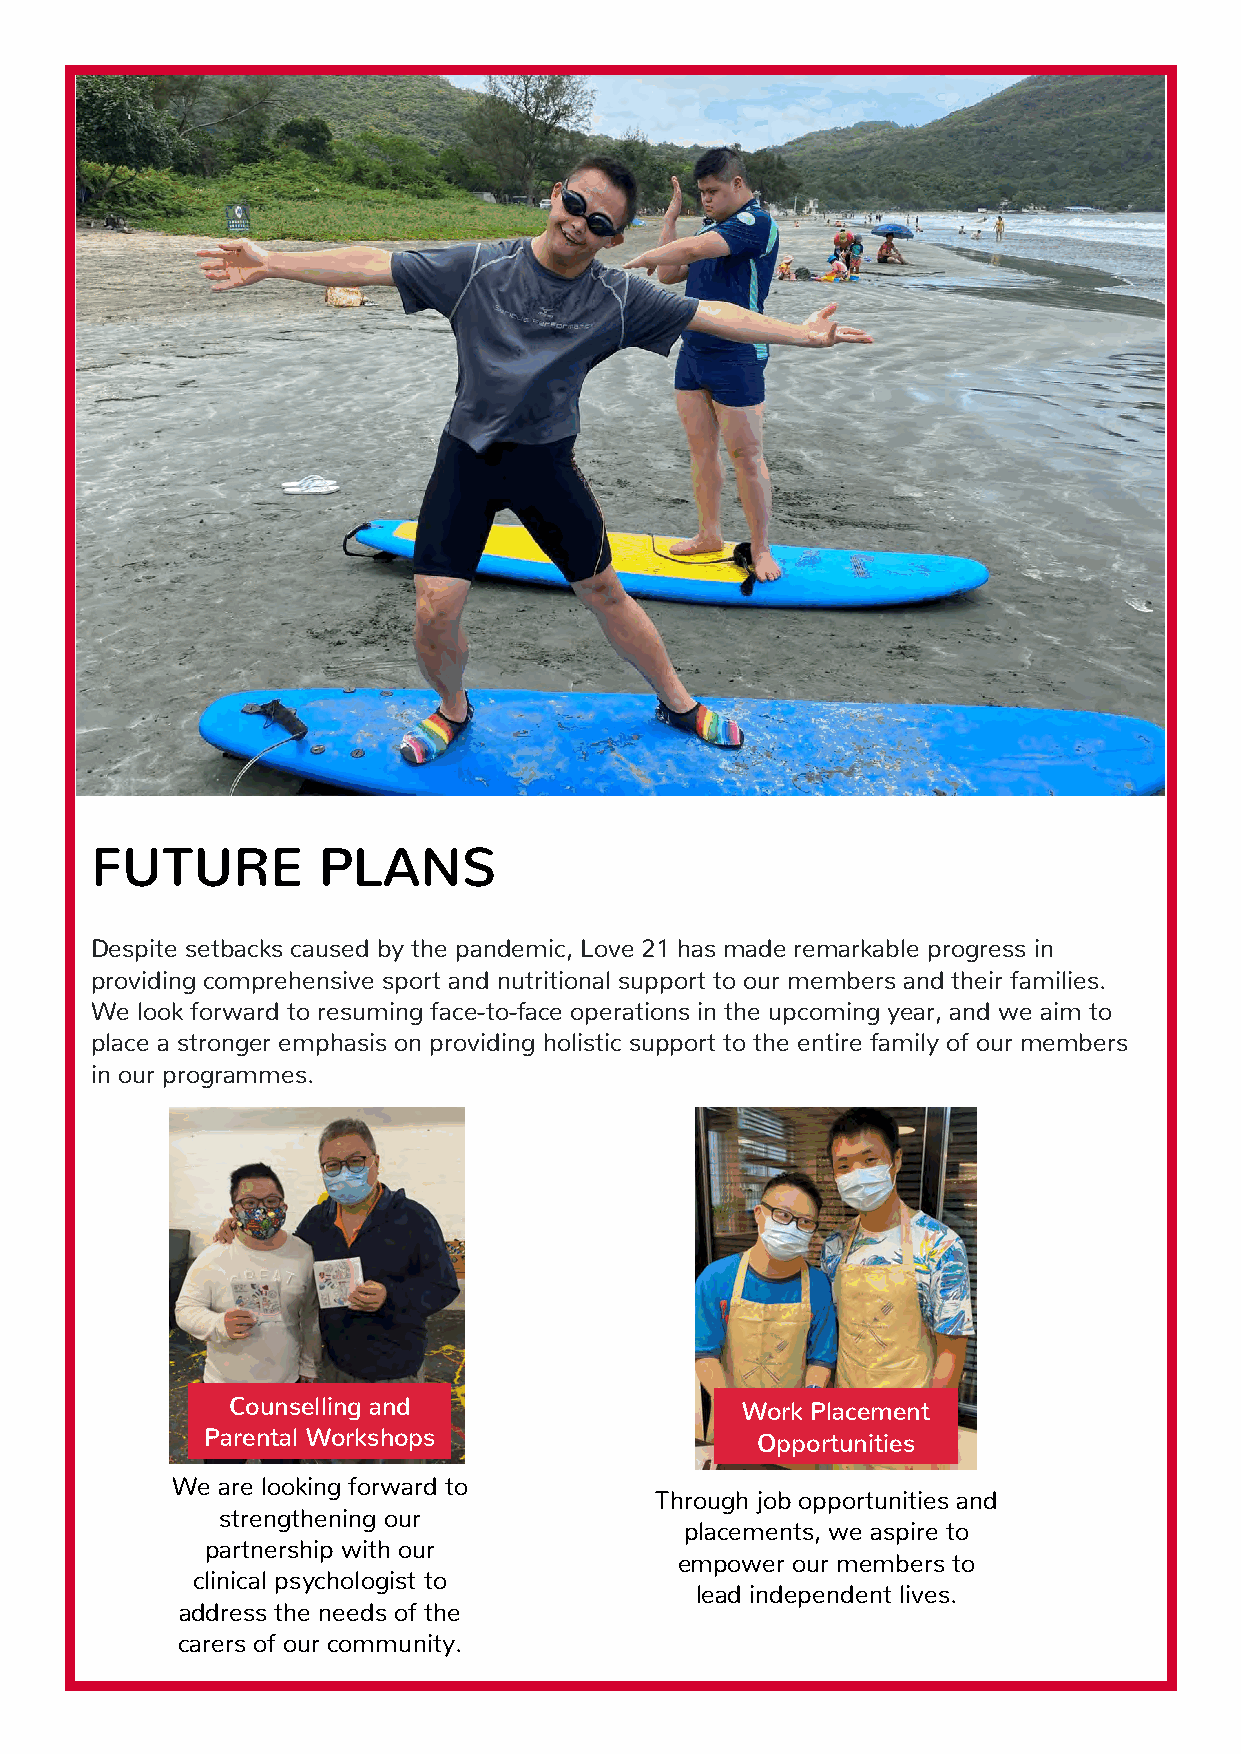
FUTURE         PLANS
 Despite setbacks caused by the pandemic, Love 21 has made remarkable progress in
 providing comprehensive sport and nutritional support to our members and their families.
 We look forward to resuming face-to-face operations in the upcoming year, and we aim to
 place a stronger emphasis on providing holistic support to the entire family of our members
 in our programmes.
 Counselling and                   Work Placement
 Parental Workshops                  Opportunities
 We are looking forward to
 Through job opportunities and
 strengthening our
 placements, we aspire to
 partnership with our
 empower our members to
 clinical psychologist to
 lead independent lives.
 address the needs of the
 c arers of our community.